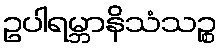
ဥပါရမ္ဘာနိသံသဉ္စ